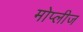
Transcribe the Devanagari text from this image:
मोप्लीज